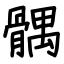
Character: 髃